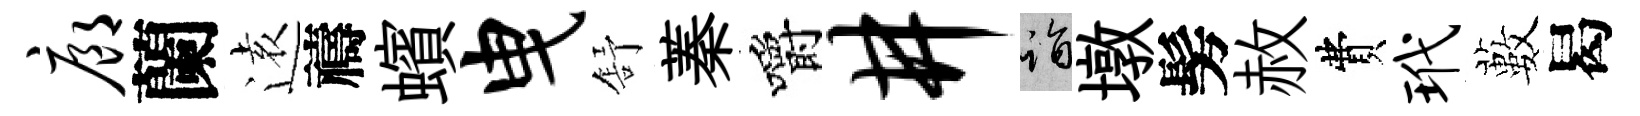
廊蘭逺禱蠙曳舒蓁嚼井诣墩髣赦費玳藪曷